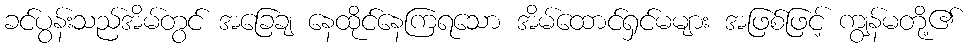
ခင်ပွန်းသည်အိမ်တွင် အခြေချ နေထိုင်နေကြရသော အိမ်ထောင်ရှင်မများ အဖြစ်ဖြင့် ကျွန်မတို့၏